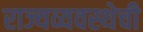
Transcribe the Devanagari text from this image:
राज्यव्यवस्थेची